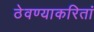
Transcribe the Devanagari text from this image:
ठेवण्याकरितां